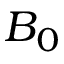
B _ { 0 }